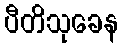
ပီတိသုခေန